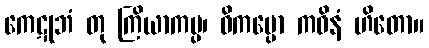
ကေဋုဘံ တု ကြိယာကပ္ပ၊ ဝိကပ္ပော ကဝိနံ ဟိတော။